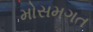
મોસમગત